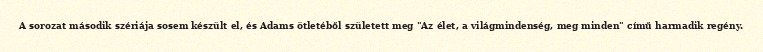
A sorozat második szériája sosem készült el, és Adams ötletéből született meg "Az élet, a világmindenség, meg minden" című harmadik regény.